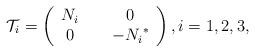
LaTeX: \begin{align*} \mathcal{T}_i=\left( \begin{array}{ccc} N_i&\ &0\\ 0&\ & -{N_i}^* \end{array} \right), i=1,2,3,\end{align*}